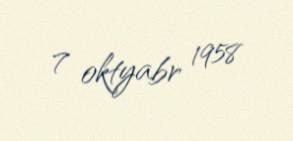
7 oktyabr 1958